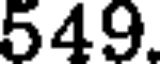
549.